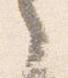
之